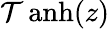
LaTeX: \operatorname{\mathcal{T}anh}(z)